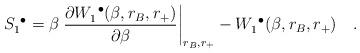
LaTeX: \begin{align*}S^{~\bullet}_1= \beta\left. {\partial{W_1^{~\bullet}(\beta,r_B,r_+)}\over\partial \beta}\right| _{r_B,r_+}-W_1^{~\bullet}(\beta,r_B,r_+)~~~ .\end{align*}